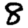
Digit: 8